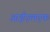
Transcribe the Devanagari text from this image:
आईएलएफ